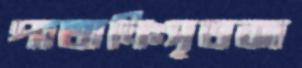
পাতানিঃসৃতঝা